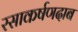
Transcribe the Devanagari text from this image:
रसाकर्षणदाब